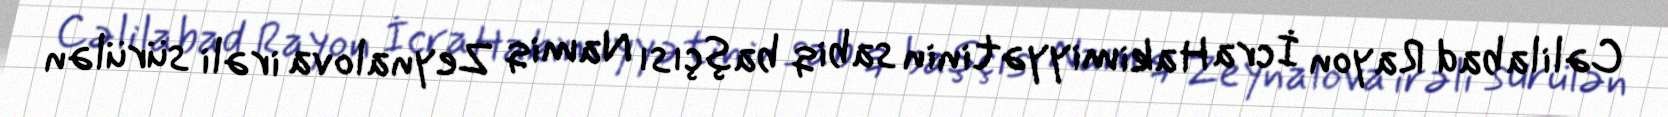
Cəlilabad Rayon İcra Hakimiyyətinin sabiq başçısı Namiq Zeynalova irəli sürülən